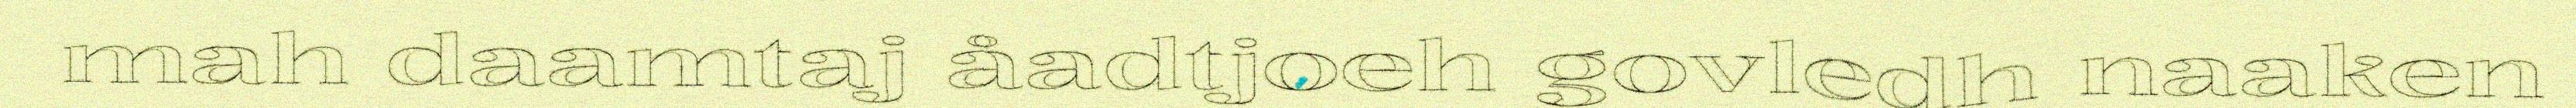
mah daamtaj åadtjoeh govledh naaken